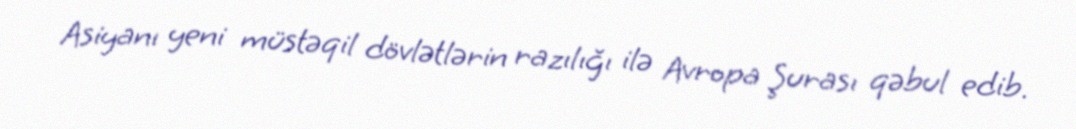
Asiyanı yeni müstəqil dövlətlərin razılığı ilə Avropa Şurası qəbul edib.